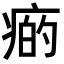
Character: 𤷭